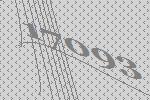
17093